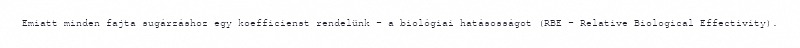
Emiatt minden fajta sugárzáshoz egy koefficienst rendelünk – a biológiai hatásosságot (RBE – Relative Biological Effectivity).